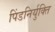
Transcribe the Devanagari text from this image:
पिंडनिर्युक्ति